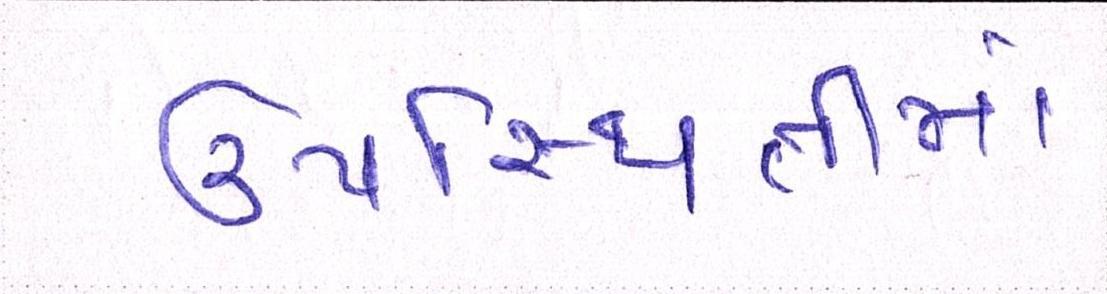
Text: ઉપસ્થિતીમાં